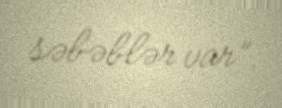
səbəblər var”.